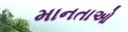
માનતાઓ